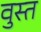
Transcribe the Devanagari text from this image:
वुस्त